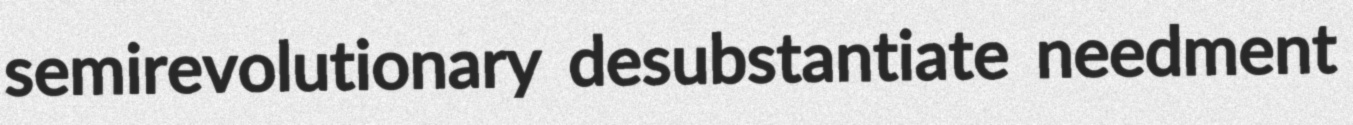
semirevolutionary desubstantiate needment